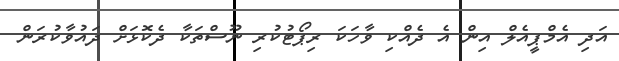
އަދި އެމްޕީއެލް އިން އެ ދެއްކި ވާހަކަ ރިޕޯޓުކުރި ނޫސްތަކާ ދެކޮޅަށް ދައުވާކުރަން